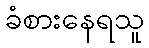
ခံစားနေရသူ